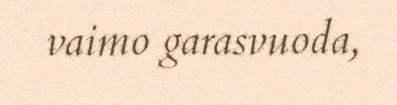
vaimo garasvuoda,